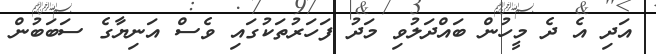
އަދި އެ ދެ މީހުން ބައްދަލުވި މަދު ފަހަރުތަކުގައި ވެސް އަނިޔާގެ ސަބަބުން